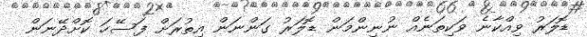
ޑޮލަރު ވިއްކާނެ ވަކިތަނެއް ނުނިންމަން ޑޮލަރު ގަންނަން އިތުރަށް ފަސޭހަ ކޮށްދޭނަން